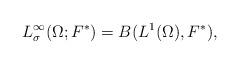
LaTeX: \begin{align*}L^\infty_\sigma(\Omega; F^*) = B(L^1(\Omega),F^*),\end{align*}